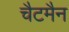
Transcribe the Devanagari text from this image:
चैटमैन